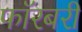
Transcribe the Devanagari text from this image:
फॉरबरी